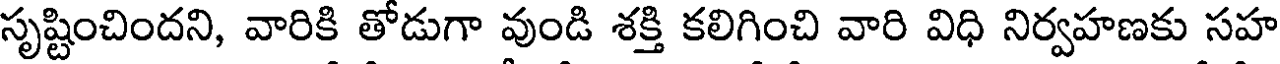
సృష్టించిందని, వారికి తోడుగా వుండి శక్తి కలిగించి వారి విధి నిర్వహణకు సహ